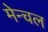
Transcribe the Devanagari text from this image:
मेन्चल